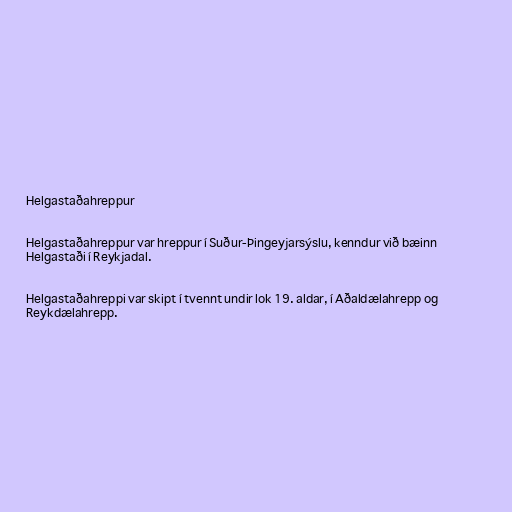
Helgastaðahreppur

Helgastaðahreppur var hreppur í Suður-Þingeyjarsýslu, kenndur við bæinn
Helgastaði í Reykjadal.

Helgastaðahreppi var skipt í tvennt undir lok 19. aldar, í Aðaldælahrepp og
Reykdælahrepp.